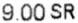
9.00 SR